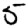
Digit: 5